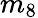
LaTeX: m_{8}